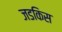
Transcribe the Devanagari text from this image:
जडकिस